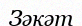
Зәкәт